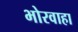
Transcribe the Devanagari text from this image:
भोरवाहा